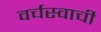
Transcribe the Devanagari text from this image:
वर्चस्वाची